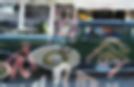
দাগিলি